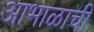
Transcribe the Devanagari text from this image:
आभाळाची